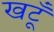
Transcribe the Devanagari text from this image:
खटूँ